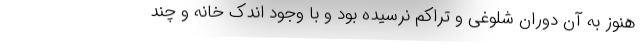
هنوز به آن دوران شلوغی و تراکم نرسیده بود و با وجود اندک خانه و چند